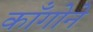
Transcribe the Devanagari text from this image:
काँगोने